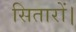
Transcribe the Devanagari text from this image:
सितारों।